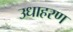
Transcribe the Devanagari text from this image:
उधाहरण